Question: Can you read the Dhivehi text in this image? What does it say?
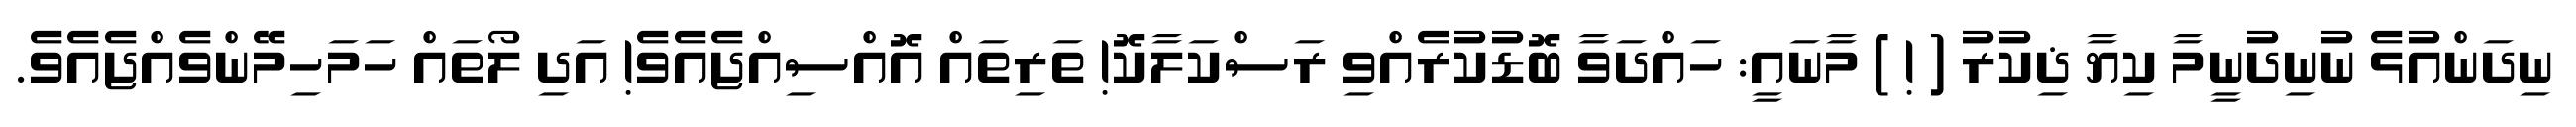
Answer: ނިދަންއުޅެ ނުނިދުނީމާ ކިޔާ ޛިކުރު ( ! ) މާނައީ: ހައްދަވާ ބޮޑުކުރެއްވި ރަސްކަލާކޮ! ތަރިތައް އޮއްސިއްޖެއެވެ! އަދި ލޯތައް ހަމަހިމޭންވެއްޖެއެވެ.